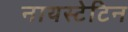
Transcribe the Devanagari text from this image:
नायस्टेटिन